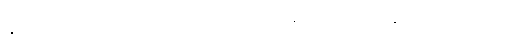
နွယ် မချိပြုံးဖြင့် တုံ့ပြန်ရင်း အင်္ကျီ၊ လုံချည်ကို အတန်သပ်ရပ်သည်။